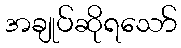
အချုပ်ဆိုရသော်